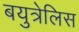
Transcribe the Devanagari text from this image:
बयुत्रेलिस